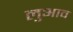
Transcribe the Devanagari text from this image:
लुआव